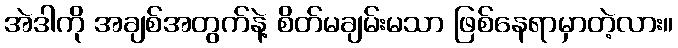
အဲဒါကို အချစ်အတွက်နဲ့ စိတ်မချမ်းမသာ ဖြစ်နေရာမှာတဲ့လား။